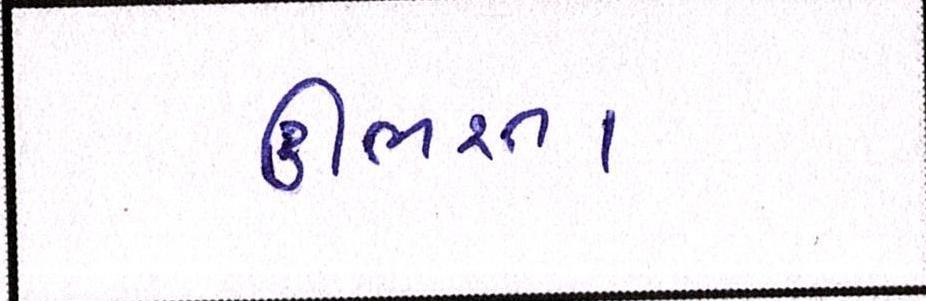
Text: ઊભરતા